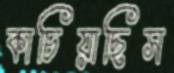
কাচিয়াছিস